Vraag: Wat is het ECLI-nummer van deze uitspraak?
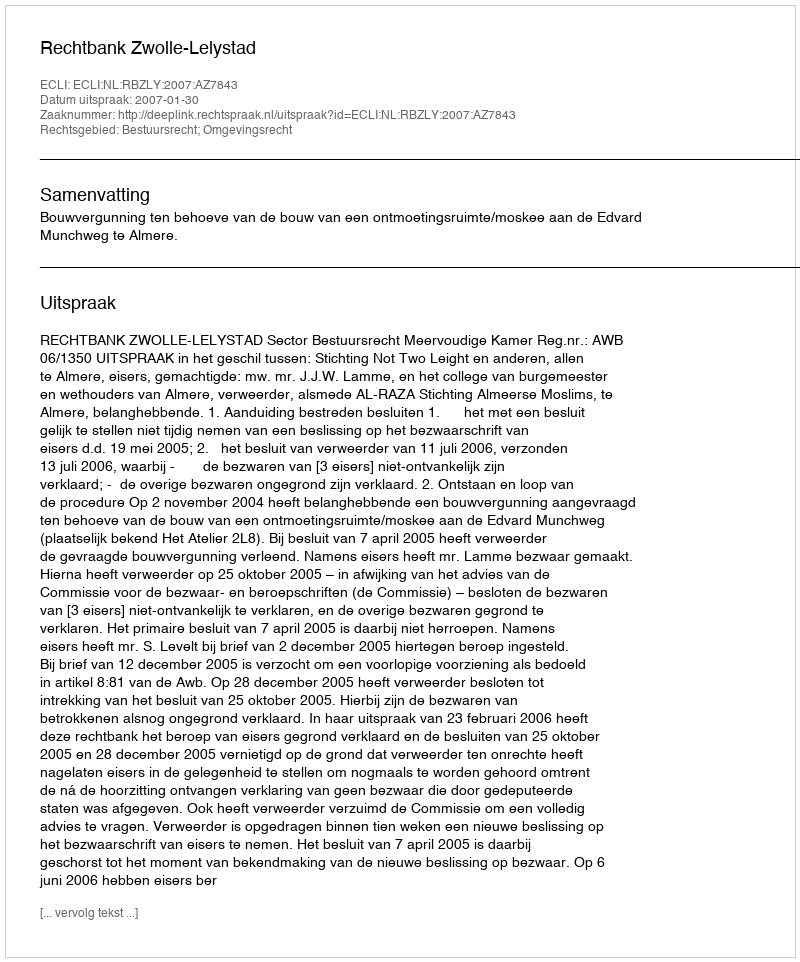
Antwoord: ECLI:NL:RBZLY:2007:AZ7843